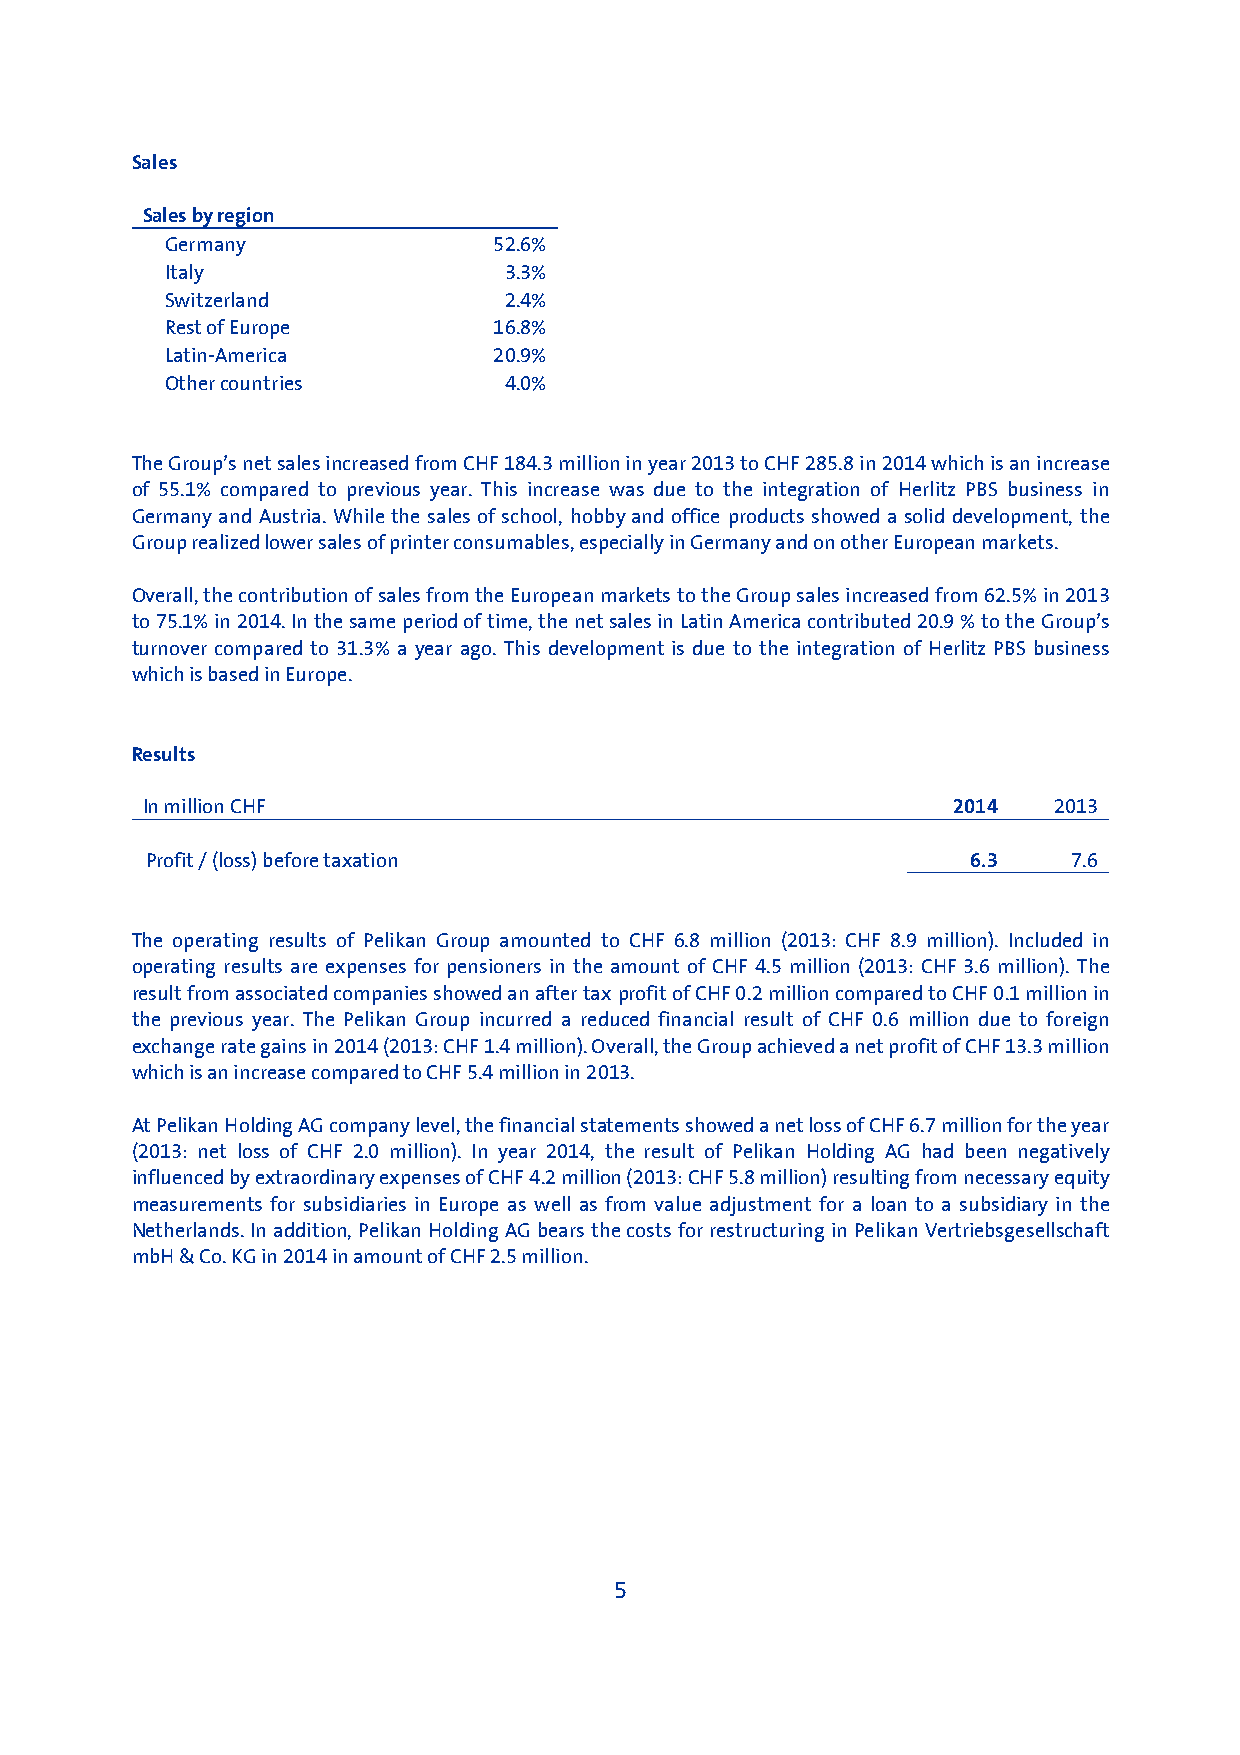
Sales
 Sales by region
 Germany               52.6%
 Italy                 3.3%
 Switzerland           2.4%
 Rest of Europe        16.8%
 Latin-America         20.9%
 Other countries       4.0%
 The Group’s net sales increased from CHF 184.3 million in year 2013 to CHF 285.8 in 2014 which is an increase
 of 55.1% compared to previous year. This increase was due to the integration of Herlitz PBS business in
 Germany and Austria. While the sales of school, hobby and office products showed a solid development, the
 Group realized lower sales of printer consumables, especially in Germany and on other European markets.
 Overall, the contribution of sales from the European markets to the Group sales increased from 62.5% in 2013
 to 75.1% in 2014. In the same period of time, the net sales in Latin America contributed 20.9 % to the Group’s
 turnover compared to 31.3% a year ago. This development is due to the integration of Herlitz PBS business
 which is based in Europe.
 Results
 In million CHF                                        2014   2013
 Profit / (loss) before taxation                       6.3    7.6
 The operating results of Pelikan Group amounted to CHF 6.8 million (2013: CHF 8.9 million). Included in
 operating results are expenses for pensioners in the amount of CHF 4.5 million (2013: CHF 3.6 million). The
 result from associated companies showed an after tax profit of CHF 0.2 million compared to CHF 0.1 million in
 the previous year. The Pelikan Group incurred a reduced financial result of CHF 0.6 million due to foreign
 exchange rate gains in 2014 (2013: CHF 1.4 million). Overall, the Group achieved a net profit of CHF 13.3 million
 which is an increase compared to CHF 5.4 million in 2013.
 At Pelikan Holding AG company level, the financial statements showed a net loss of CHF 6.7 million for the year
 (2013: net loss of CHF 2.0 million). In year 2014, the result of Pelikan Holding AG had been negatively
 influenced by extraordinary expenses of CHF 4.2 million (2013: CHF 5.8 million) resulting from necessary equity
 measurements for subsidiaries in Europe as well as from value adjustment for a loan to a subsidiary in the
 Netherlands. In addition, Pelikan Holding AG bears the costs for restructuring in Pelikan Vertriebsgesellschaft
 mbH & Co. KG in 2014 in amount of CHF 2.5 million.
 5